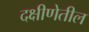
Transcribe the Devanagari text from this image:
दक्षीणेतील